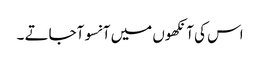
اس کی آنکھوں میں آنسو آجاتے ۔